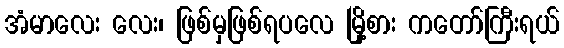
အံမာလေး လေး၊ ဖြစ်မှဖြစ်ရပလေ မြို့စား ကတော်ကြီးရယ်